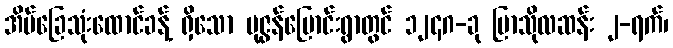
အိမ်ခြေသုံးထောင်ခန့် ရှိသော ပုဇွန်မြောင်းရွာတွင် ၁၂၄ဂ-ခု ပြာသိုလဆန်း ၂-ရက်၊